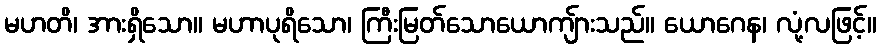
မဟတိ၊ အားရှိသော။ မဟာပုရိသော၊ ကြီးမြတ်သောယောကျ်ားသည်။ ယောဂေန၊ လုံ့လဖြင့်။